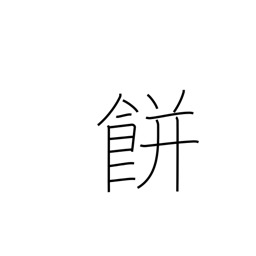
Meaning: mochi rice cake